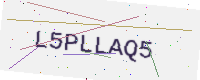
Text: L5PLLAQ5